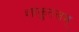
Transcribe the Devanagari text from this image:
शांकुतलम्